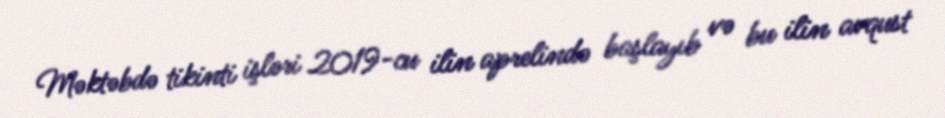
Məktəbdə tikinti işləri 2019-cu ilin aprelində başlayıb və bu ilin avqust